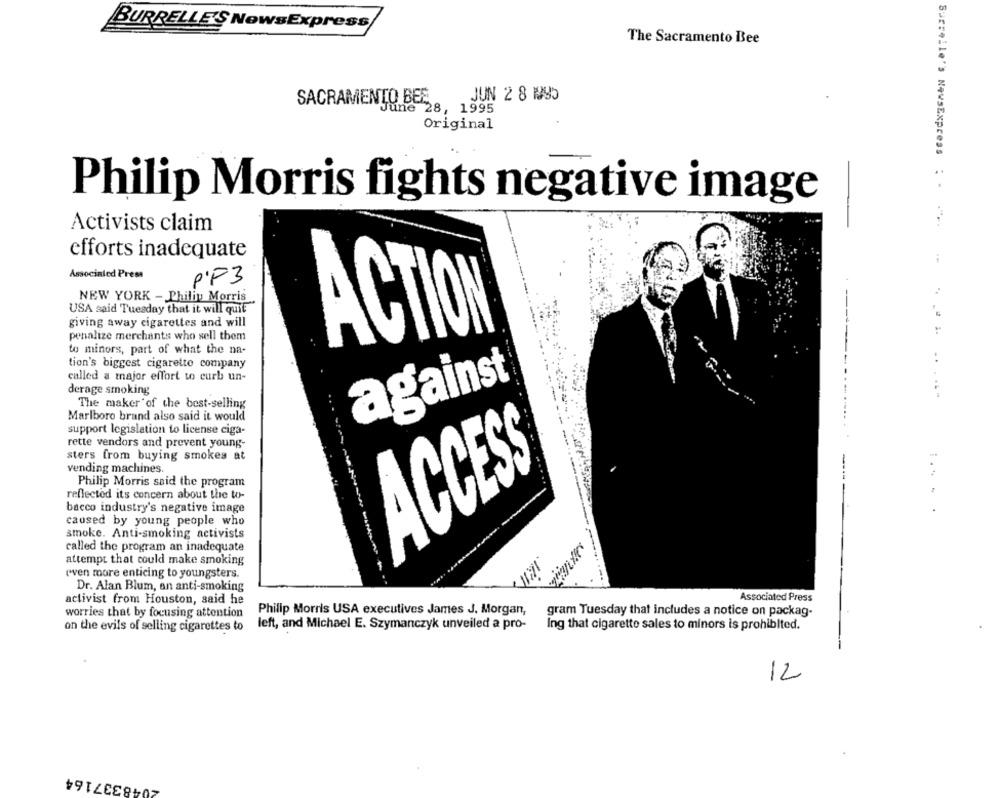
BURRELLE'S NowsExpress
The Sacramento Bee
JUN 2 8 15
SACRAMENTO BEE
June 28, 1995
Original
Philip Morris fights negative image
Surselle's NewsExpress : . .
Activists claim
efforts inadequate
Associated Press
PF3
NEW YORK - Philip Morris
USA said Tuesday that it will quit"
giving away cigarettes and will
ACTION
penalize merchants who sell them
to minors, part of what the na-
tion's biggest cigarette company
called a major effort to curb un-
against
derage smoking
The maker of the best-selling
Marlboro brand also said it would
support legislation to license ciga-
rette vendors and prevent young-
sters from buying smokes at
vending machines.
ACCESS
Philip Morris said the program
reflected its concern about the to-
... .
bacco industry's negative image
caused by young people who
smoke. Anti-smoking activists
called the program an inadequate
attempt that could make smoking
even more enticing to youngsters.
Dr. Alan Blum, an anti-smoking
activist from Houston, said he
Associated Press
worries that by focusing attention
Philip Morris USA executives James J. Morgan,
gram Tuesday that includes a notice on packag-
on the evils of selling cigarettes to
left, and Michael E. Szymanczyk unveiled a pro-
Ing that cigarette sales to minors is prohibited.
12
2048337164